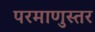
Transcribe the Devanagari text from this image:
परमाणुस्तर